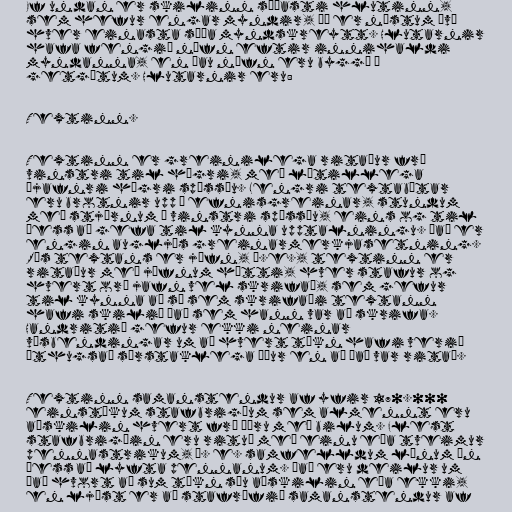
Ef undan er skilinn síðasti hlutinn,
sem hefur engar myndir, þá er næstum því
hver einasta síða myndskreytt. Hlutarnir
hafa fengið nöfn eftir innihaldi
myndanna, en þau nöfn eru byggð á
getgátum. Hlutarnir eru:

Textinn.

Textinn er greinilega ritaður frá
vinstri til hægri, með lítillega
ójafnri hægri spássíu. Lengri textabútar
eru brotnir upp í efnisgreinar, stundum
með stjörnum á vinstri spássíu, eins og til
þess að gefa til kynna upptalningu. Það er
engin augljós greinarmerkjasetning.
Rás textans er jöfn, þ.e., textinn er
ritaður með jöfnum hætti, hver stafur og
hvert orð jafn vel skrifað, sem gefur
til kynna að sá sem skrifaði textann
hafi skilið það sem hann var að skrifa.
Handritið gefur ekki neinar
vísbendingar um að hvert tákn hafi verið
úthugsað sérstaklega áður en að það var ritað.

Textinn samanstendur af yfir 170.000
einstökum stafbrigðum sem almennt eru
aðskilin hvert frá öðru með bilum. Flest
stafbrigðin eru rituð með einu eða tveimur
pennastrikum, þ. e. samfelldum línum án
þess að lyfta pennanum. Það eru deilur um
það hvort að sum tákn séu aðskilin eða ekki,
en ljóst er að stafrófið samanstendur af